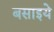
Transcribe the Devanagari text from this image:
बसाइये